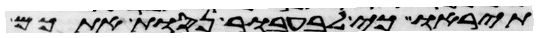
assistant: תיראו כי לבעבור נסות אתכם